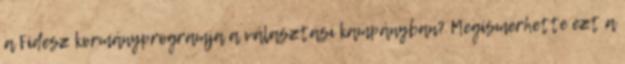
a Fidesz kormányprogramja a választási kampányban? Megismerhette ezt a